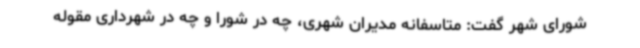
شورای شهر گفت: متاسفانه مدیران شهری، چه در شورا و چه در شهرداری مقوله